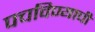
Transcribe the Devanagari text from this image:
पचविण्याची